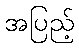
အပြည့်